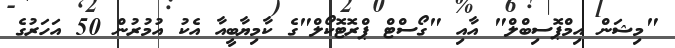
"މިޝަން އިމްޕޮސިބްލް" އާއި "ގޯސްޓް ޕްރޮޓޮކޯލް"ގެ ކާމިޔާބީއާ އެކު އުމުރުން 50 އަހަރުގެ